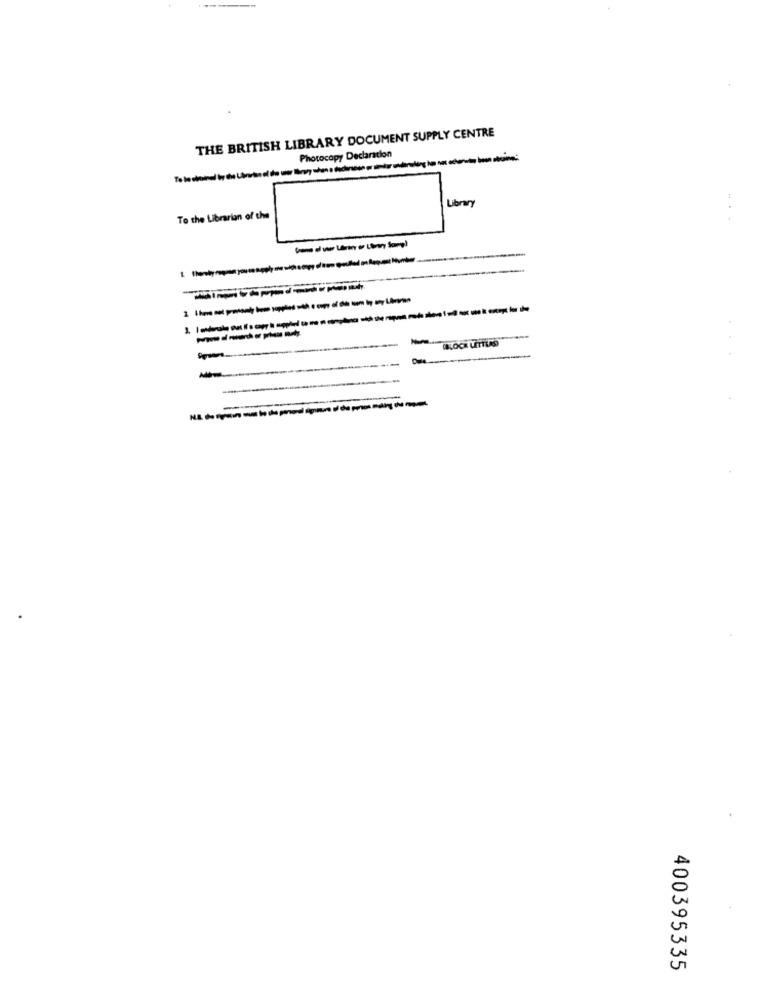
THE BRITISH LIBRARY DOCUMENT SUPPLY CENTRE
Photocopy Declaration
Library
To the Librarian of the
400395335